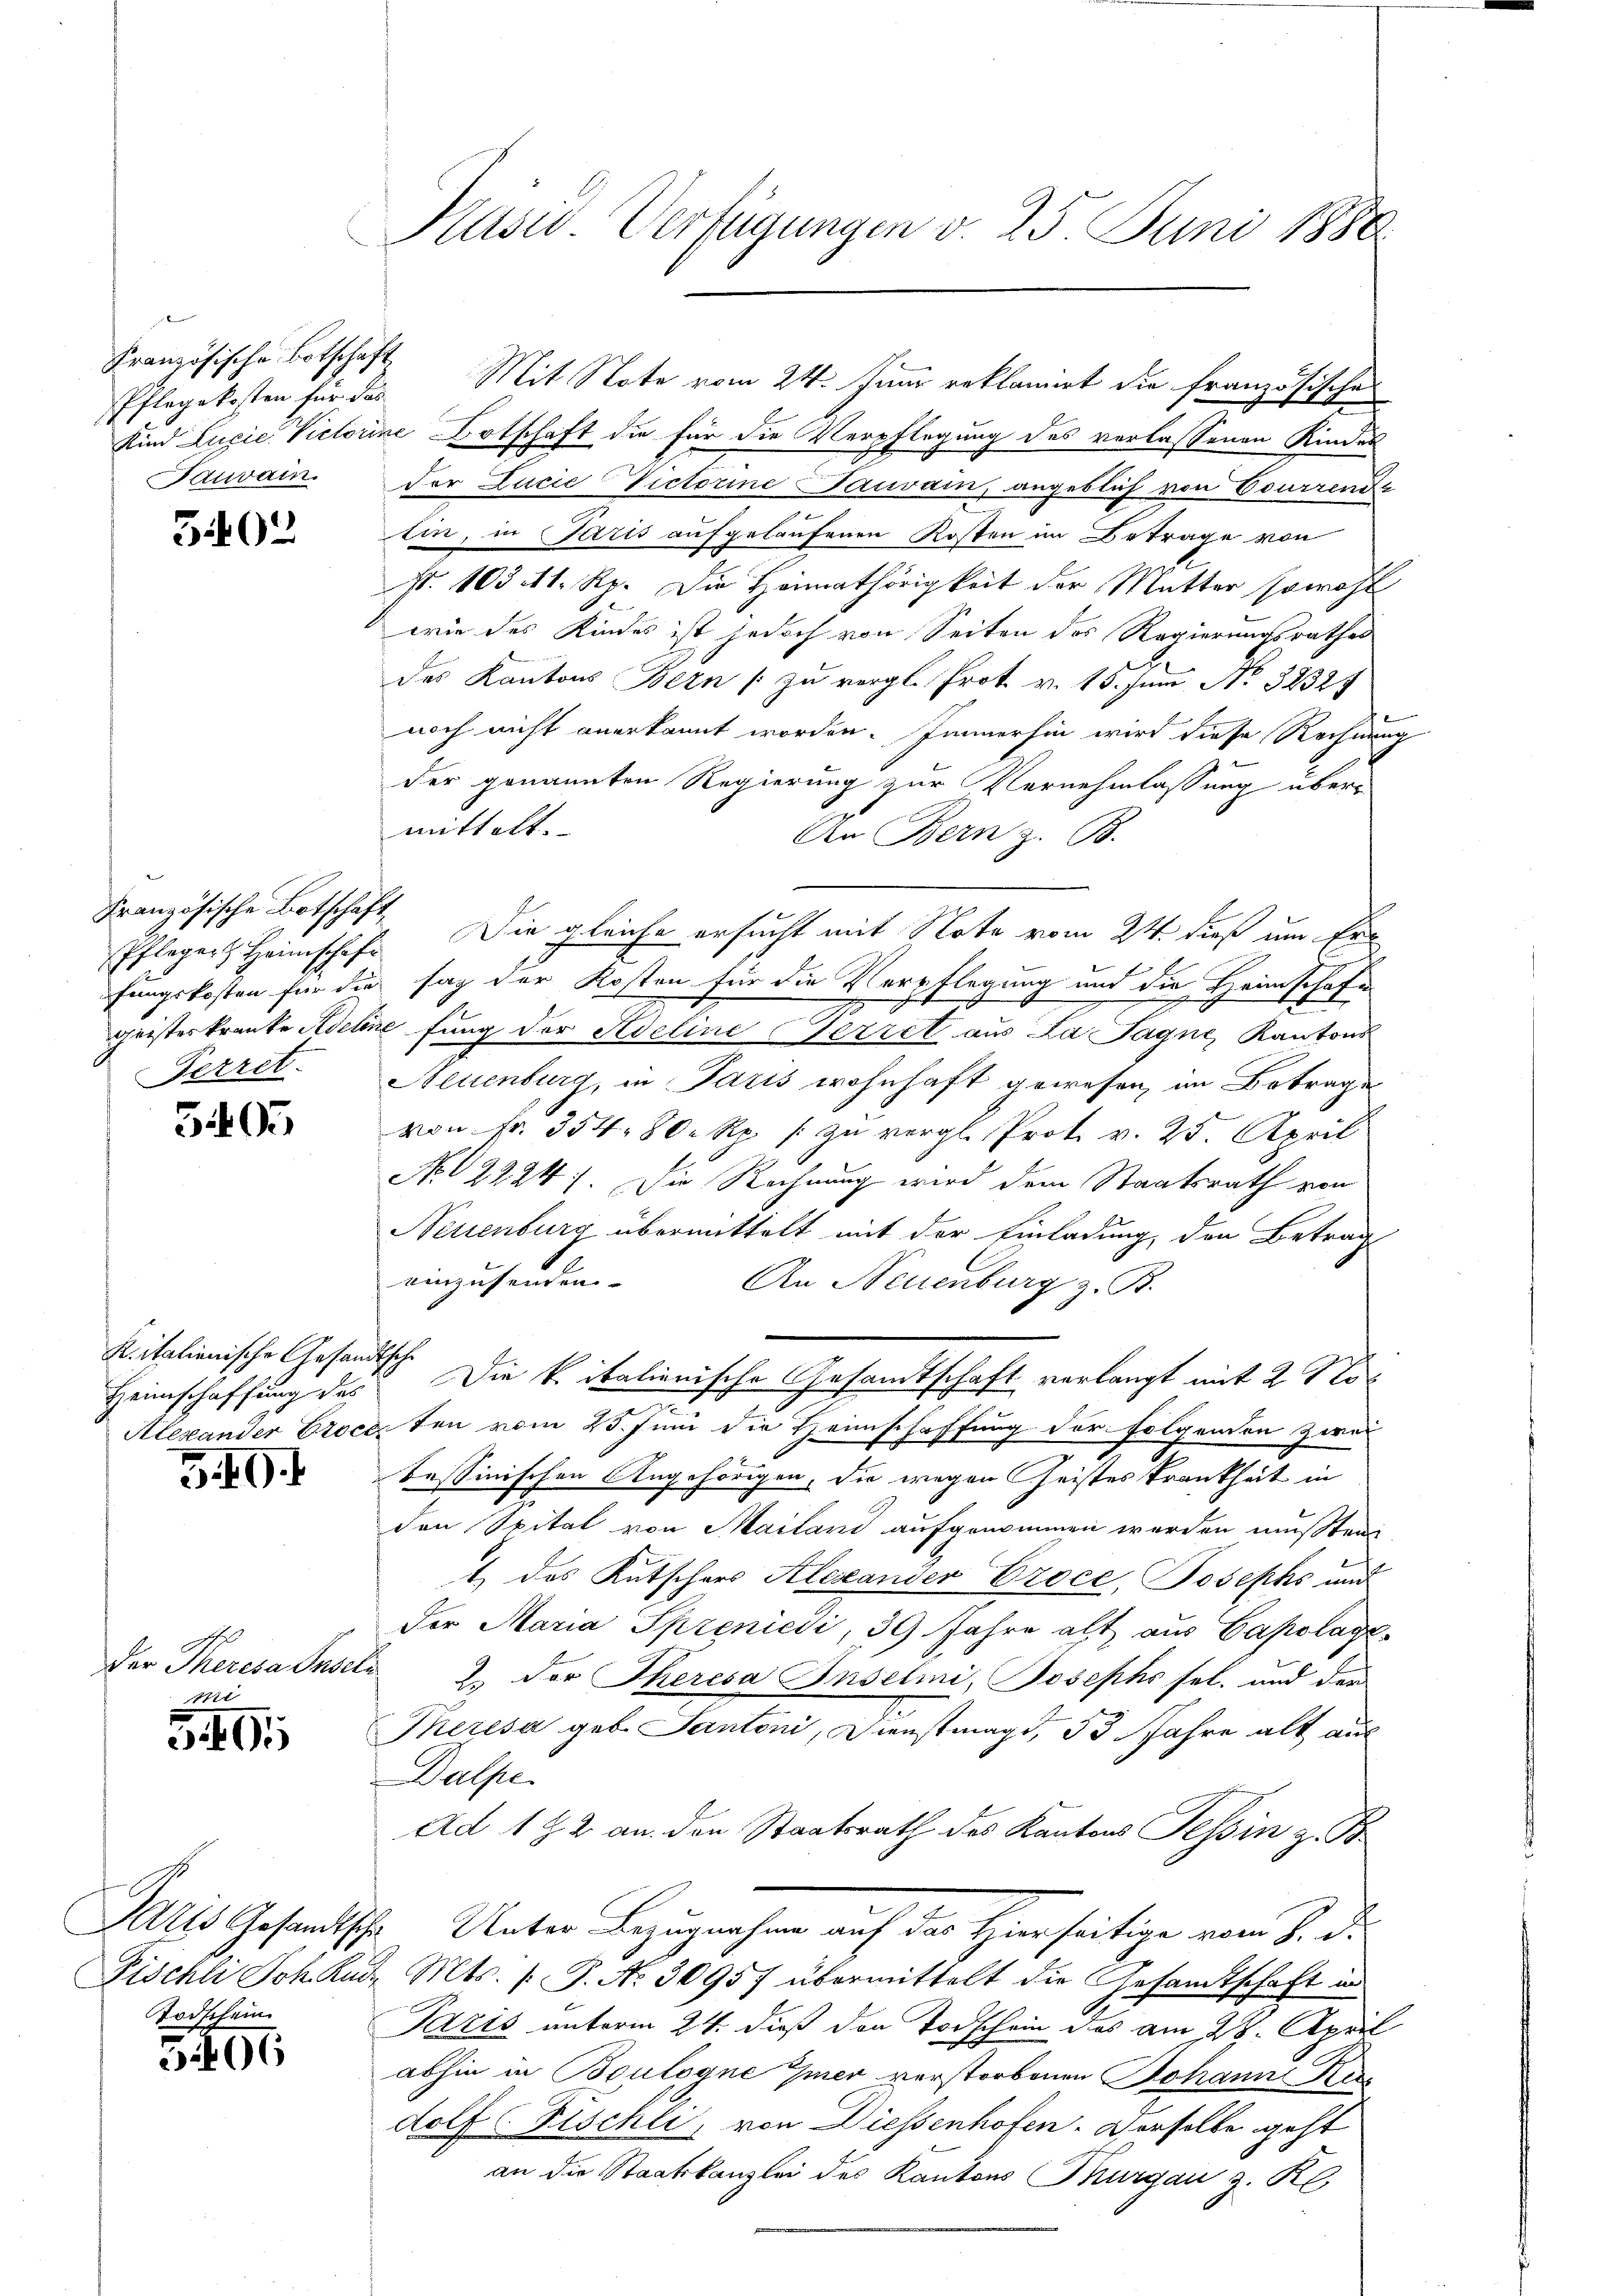
Französische Botschaft

3402

Französische Botschaft
Ferret.

5405

K italienische Gesandtsche
Heimschaffung des

39.

Der Theresa Inse
e

3405

Todschein

5406

Präsid. Verfügungen v. 25. Juni 1886.

Pflegekosten für das Mit Note vom 24. Juni reklamirt die französische
Kind Luxie Victorine Ortschaft die für die Verpflegung des verlassenen Kindes
Tauvain. Der Lucie Victorine Gauvain, angeblich von Courrenz
tin, in Paris aufgelaufenen Kosten im Betrage von
t. 103 11 Rp. Die Heimathörigkeit der Mutter sowohl
wie des Kindes ist jedoch von Seiten des Regierungsrathes
des Kantons Bern / zu vergl. Prot. v. 15. Juni No 32325
noch nicht anerkannt worden. Immerhin wird diese Rechnung
der genannten Regierung zur Vernehmlassung über-
mittelt.
An Bern z. B.
Pflegert Heimschaft. Die gleiche ersucht mit Note vom 24. dieß um Erfungskosten für die sag der Kosten für die Verpflegung und die Heimschaft
geisteskranke Adeline fung der Adeline erret aus La Jagne, Kantons
Neuenburg, in Paris wohnhaft gewesen, im Betrages
von Fr. 354. 80 Rp. zŭ vergl. Prot. v. 25. April
No. 12224). Die Rechnung wird dem Staatsrath von
Neuenburg übermittelt mit der Einladung, den Betrag
einzusenden.
An Neuenburg z. B.
Die k. italienische Gesamtschaft verlangt mit 27 t
e
Alexander Brockten vom 23. Juni die Heimschaffung der folgenden Zwei
Tessinischen Angehörigen, die wegen heistes Krankheit in
den Spital von Mailand aufgenommen werden mußten.
1 des Kutschers Alexander Proce, Josephs und
Der Maria Sprenicdi, 39 Jahre alt aus Gapolage-
du 2. Der Theresa Inselmi, Josephs sel. und der
Theresa geb. Santoni, Dienstmagd, 53 Jahre alt aus
Dalfe
Ad 182 an den Staatsrath des Kantons Tessin z. B
Salis Gesandtsche Unter Bezugnahme auf das Hierseitige vom 8. d.
Fischli Joh. Rud. Mts. (: P. Nr. 30957 übermittelt die Gesandtschaft in
Paris unterm 24. dieß den Todschein des am 28. April
abhin in Boulogne Eier verstorbenen Johann Ker
dolf Fischli, von Diessenhofen. Derselbe geht
an die Staatskanzlei des Kantons Thurgau z. K.